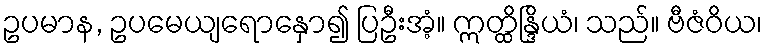
ဥပမာန, ဥပမေယျရောနှော၍ ပြဦးအံ့။ ဣတ္ထိန္ဒြိယံ၊ သည်။ ဗီဇံဝိယ၊